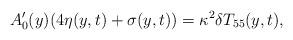
LaTeX: \begin{align*}A_0^\prime(y)(4 \eta(y,t)+\sigma(y,t))=\kappa^2 \delta T_{55}(y,t),\end{align*}